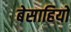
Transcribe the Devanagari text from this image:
बेसाहियो